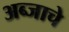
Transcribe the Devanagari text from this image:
अब्जाचे